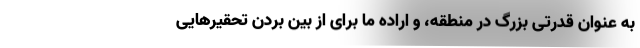
به عنوان قدرتی بزرگ در منطقه، و اراده ما برای از بین بردن تحقیرهایی